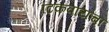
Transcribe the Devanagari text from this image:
टिकवायचा